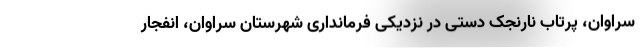
سراوان، پرتاب نارنجک دستی در نزدیکی فرمانداری شهرستان سراوان، انفجار